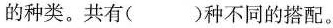
种类。共有()种不同的搭配。